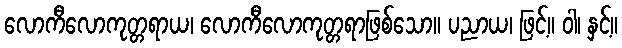
လောကီလောကုတ္တရာယ၊ လောကီလောကုတ္တရာဖြစ်သော။ ပညာယ၊ ဖြင့်။ ဝါ၊ နှင့်။